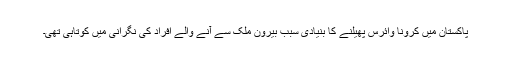
پاکستان میں کرونا وائرس پھیلنے کا بنیادی سبب بیرون ملک سے آنے والے افراد کی نگرانی میں کوتاہی تھی۔